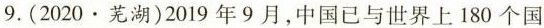
9.(2020·芜湖)2019年9月，中国已与世界上180个国